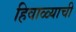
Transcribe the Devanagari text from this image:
हिवाळ्याची